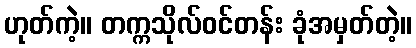
ဟုတ်ကဲ့။ တက္ကသိုလ်ဝင်တန်း ခုံအမှတ်တဲ့။